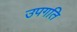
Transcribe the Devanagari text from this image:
उपगति